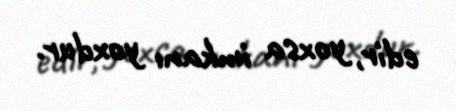
edir, yoxsa imkanı yoxdur.